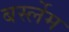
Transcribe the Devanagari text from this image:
बर्स्लेम